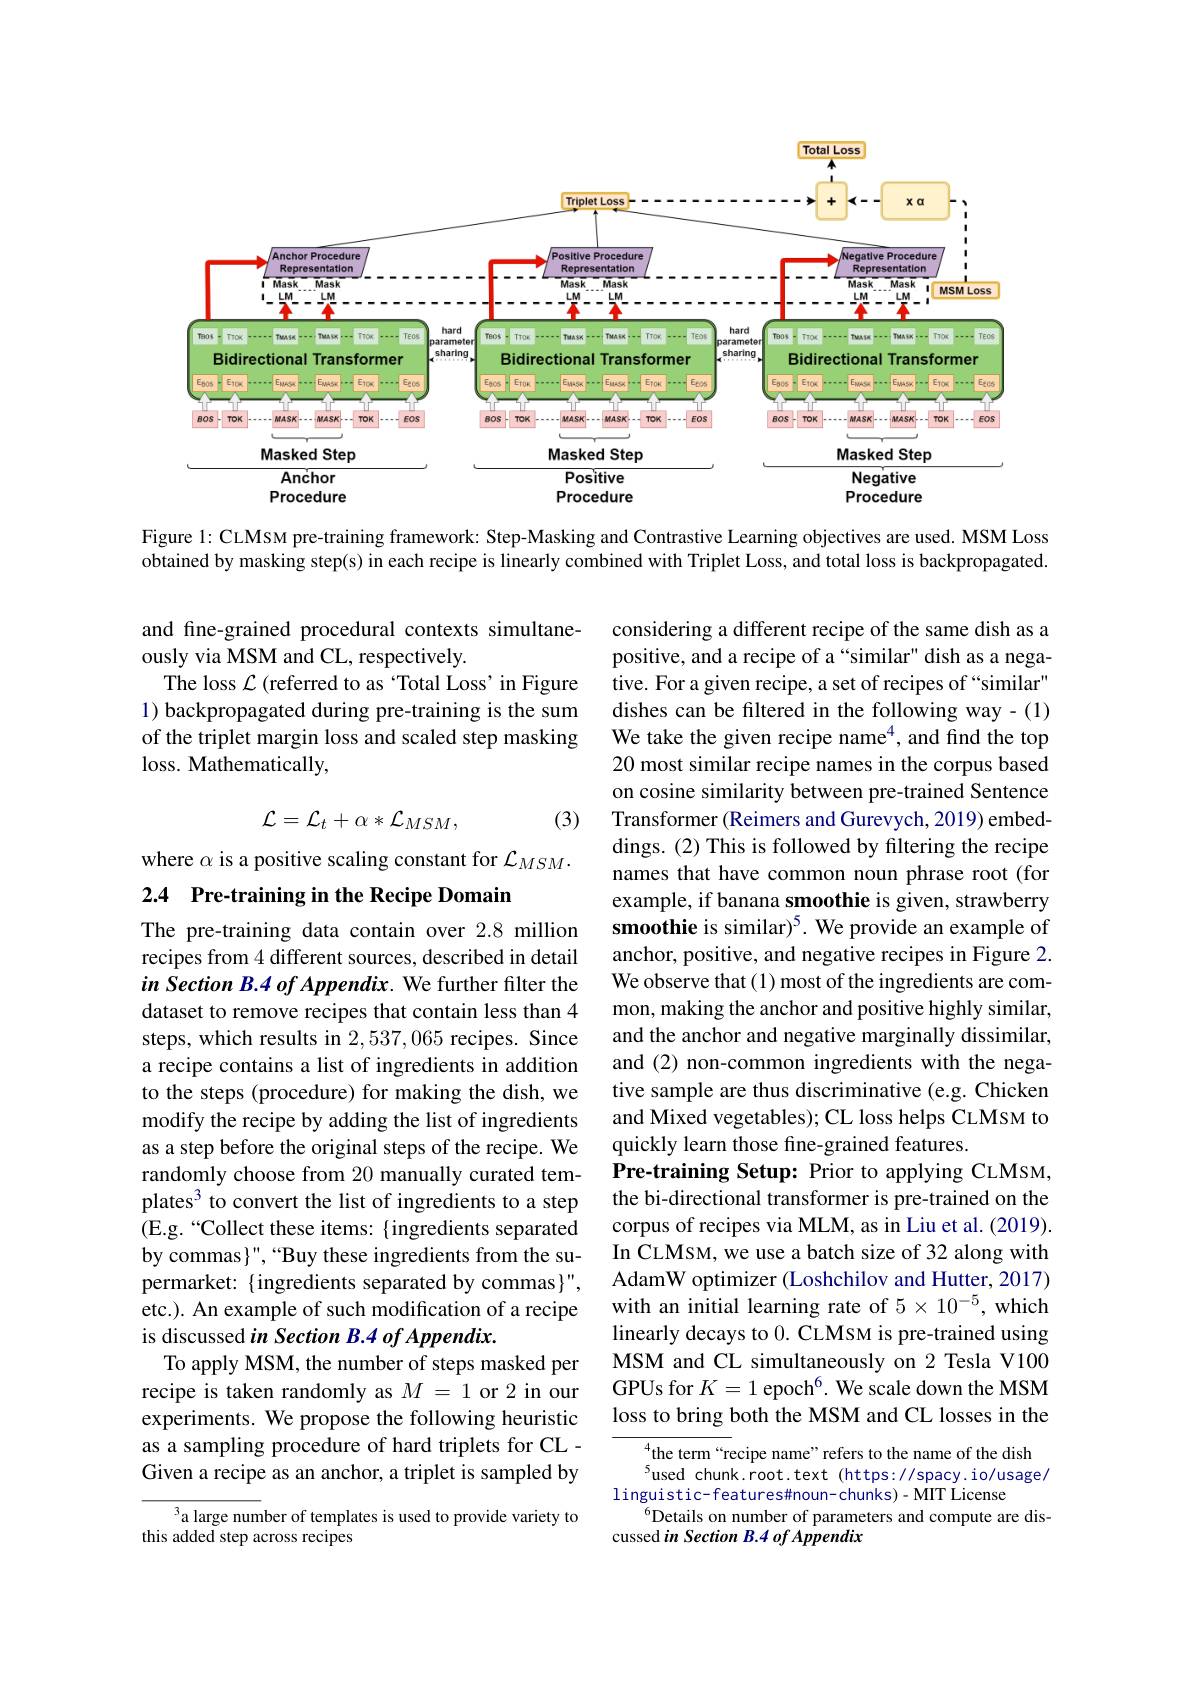
Total Loss
<FigureHere>

Figure 1: CLMSM pre-training framework: Step-Masking and Contrastive Learning objectives are used. MSM Loss obtained by masking step(s) in each recipe is linearly combined with Triplet Loss, and total loss is backpropagated.

and fine-grained procedural contexts simultane-
ously via MSM and CL, respectively.
The loss $\mathcal{L}$ (referred to as “Total Loss' in Figure 1) backpropagated during pre-training is the sum of the triplet margin loss and scaled step masking loss. Mathematically,
$$\mathcal{L}=\mathcal{L}_{t}+\alpha*\mathcal{L}_{MSM},$$
(3)

# where $\alpha$ is a positive scaling constant for $\mathcal{L}_MSM.$ 2.4 Pre-training in the Recipe Domain

considering a different recipe of the same dish as a positive, and a recipe of a“similar" dish as a negative. For a given recipe, a set of recipes of “similar" dishes can be filtered in the following way-(1) We take the given recipe name$^4$,and find the top 20 most similar recipe names in the corpus based on cosine similarity between pre-trained Sentence Transformer (Reimers and Gurevych, 2019) embeddings.(2) This is followed by filtering the recipe names that have common noun phrase root (for example, if banana smoothie is given, strawberry smoothie is similar)$^5.$ We provide an example of anchor, positive, and negative recipes in Figure 2. We observe that (1) most of the ingredients are common, making the anchor and positive highly similar, and the anchor and negative marginally dissimilar, and (2) non-common ingredients with the negative sample are thus discriminative (e.g. Chicken and Mixed vegetables); CL loss helps CLMSM to quickly learn those fine-grained features.
Pre-training Setup: Prior to applying CLMSM, the bi-directional transformer is pre-trained on the corpus of recipes via MLM, as in Liu et al. (2019). In CLMSM, we use a batch size of 32 along with AdamW optimizer (Loshchilov and Hutter, 2017) with an initial learning rate of $5\times10^{-5}$, which linearly decays to 0. CLMsM is pre-trained using MSM and CL simultaneously on 2 Tesla V100 GPUs for $K=1\text{epoch}^6.$ We scale down the MSM loss to bring both the MSM and CL losses in the
the term“recipe name”refers to the name of the dish

The pre-training data contain over 2.8 million recipes from 4 different sources, described in detail in Section B.4 of Appendix. We further filter the dataset to remove recipes that contain less than 4 steps, which results in 2,537,065 recipes. Since a recipe contains a list of ingredients in addition to the steps (procedure) for making the dish, we modify the recipe by adding the list of ingredients as a step before the original steps of the recipe. We randomly choose from 20 manually curated templates$^3$ to convert the list of ingredients to a step (E.g. “Collect these items: {ingredients separated} by commas}", “Buy these ingredients from the supermarket: { ingredients separated by commas }", etc.). An example of such modification of a recipe is discussed in Section B.4 of Appendix.
To apply MSM, the number of steps masked per recipe is taken randomly as $M=1$ or 2 in our experiments. We propose the following heuristic as a sampling procedure of hard triplets for CL - Given a recipe as an anchor, a triplet is sampled by

$^{5}$used chunk.root.text (https://spacy.io/usage/
linguistic- features#noun- chunks)- MIT License
$^{6}$Details on number of parameters and compute are dis-
cussed in Section B.4 of Appendix

a large number of templates is used to provide variety to
this added step across recipes